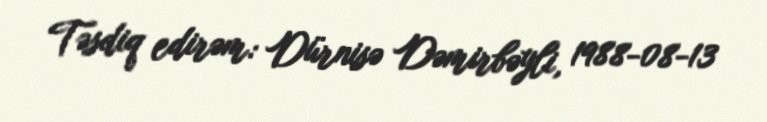
Təsdiq edirəm: Dürnisə Dəmirbəyli, 1988-08-13